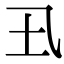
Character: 𡈾